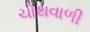
ચોથવાળી